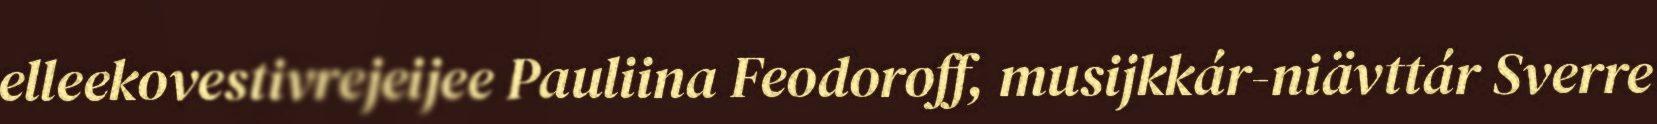
elleekovestivrejeijee Pauliina Feodoroff, musijkkár-niävttár Sverre